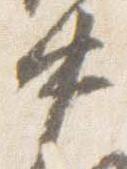
中